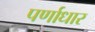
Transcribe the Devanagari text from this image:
पर्णाधार